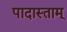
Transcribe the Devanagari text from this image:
पादास्ताम्